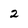
Character: 2